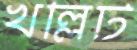
খল্লিট